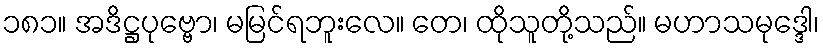
၁၈၁။ အဒိဋ္ဌပုဗ္ဗော၊ မမြင်ရဘူးလေ။ တေ၊ ထိုသူတို့သည်။ မဟာသမုဒ္ဒေါ၊